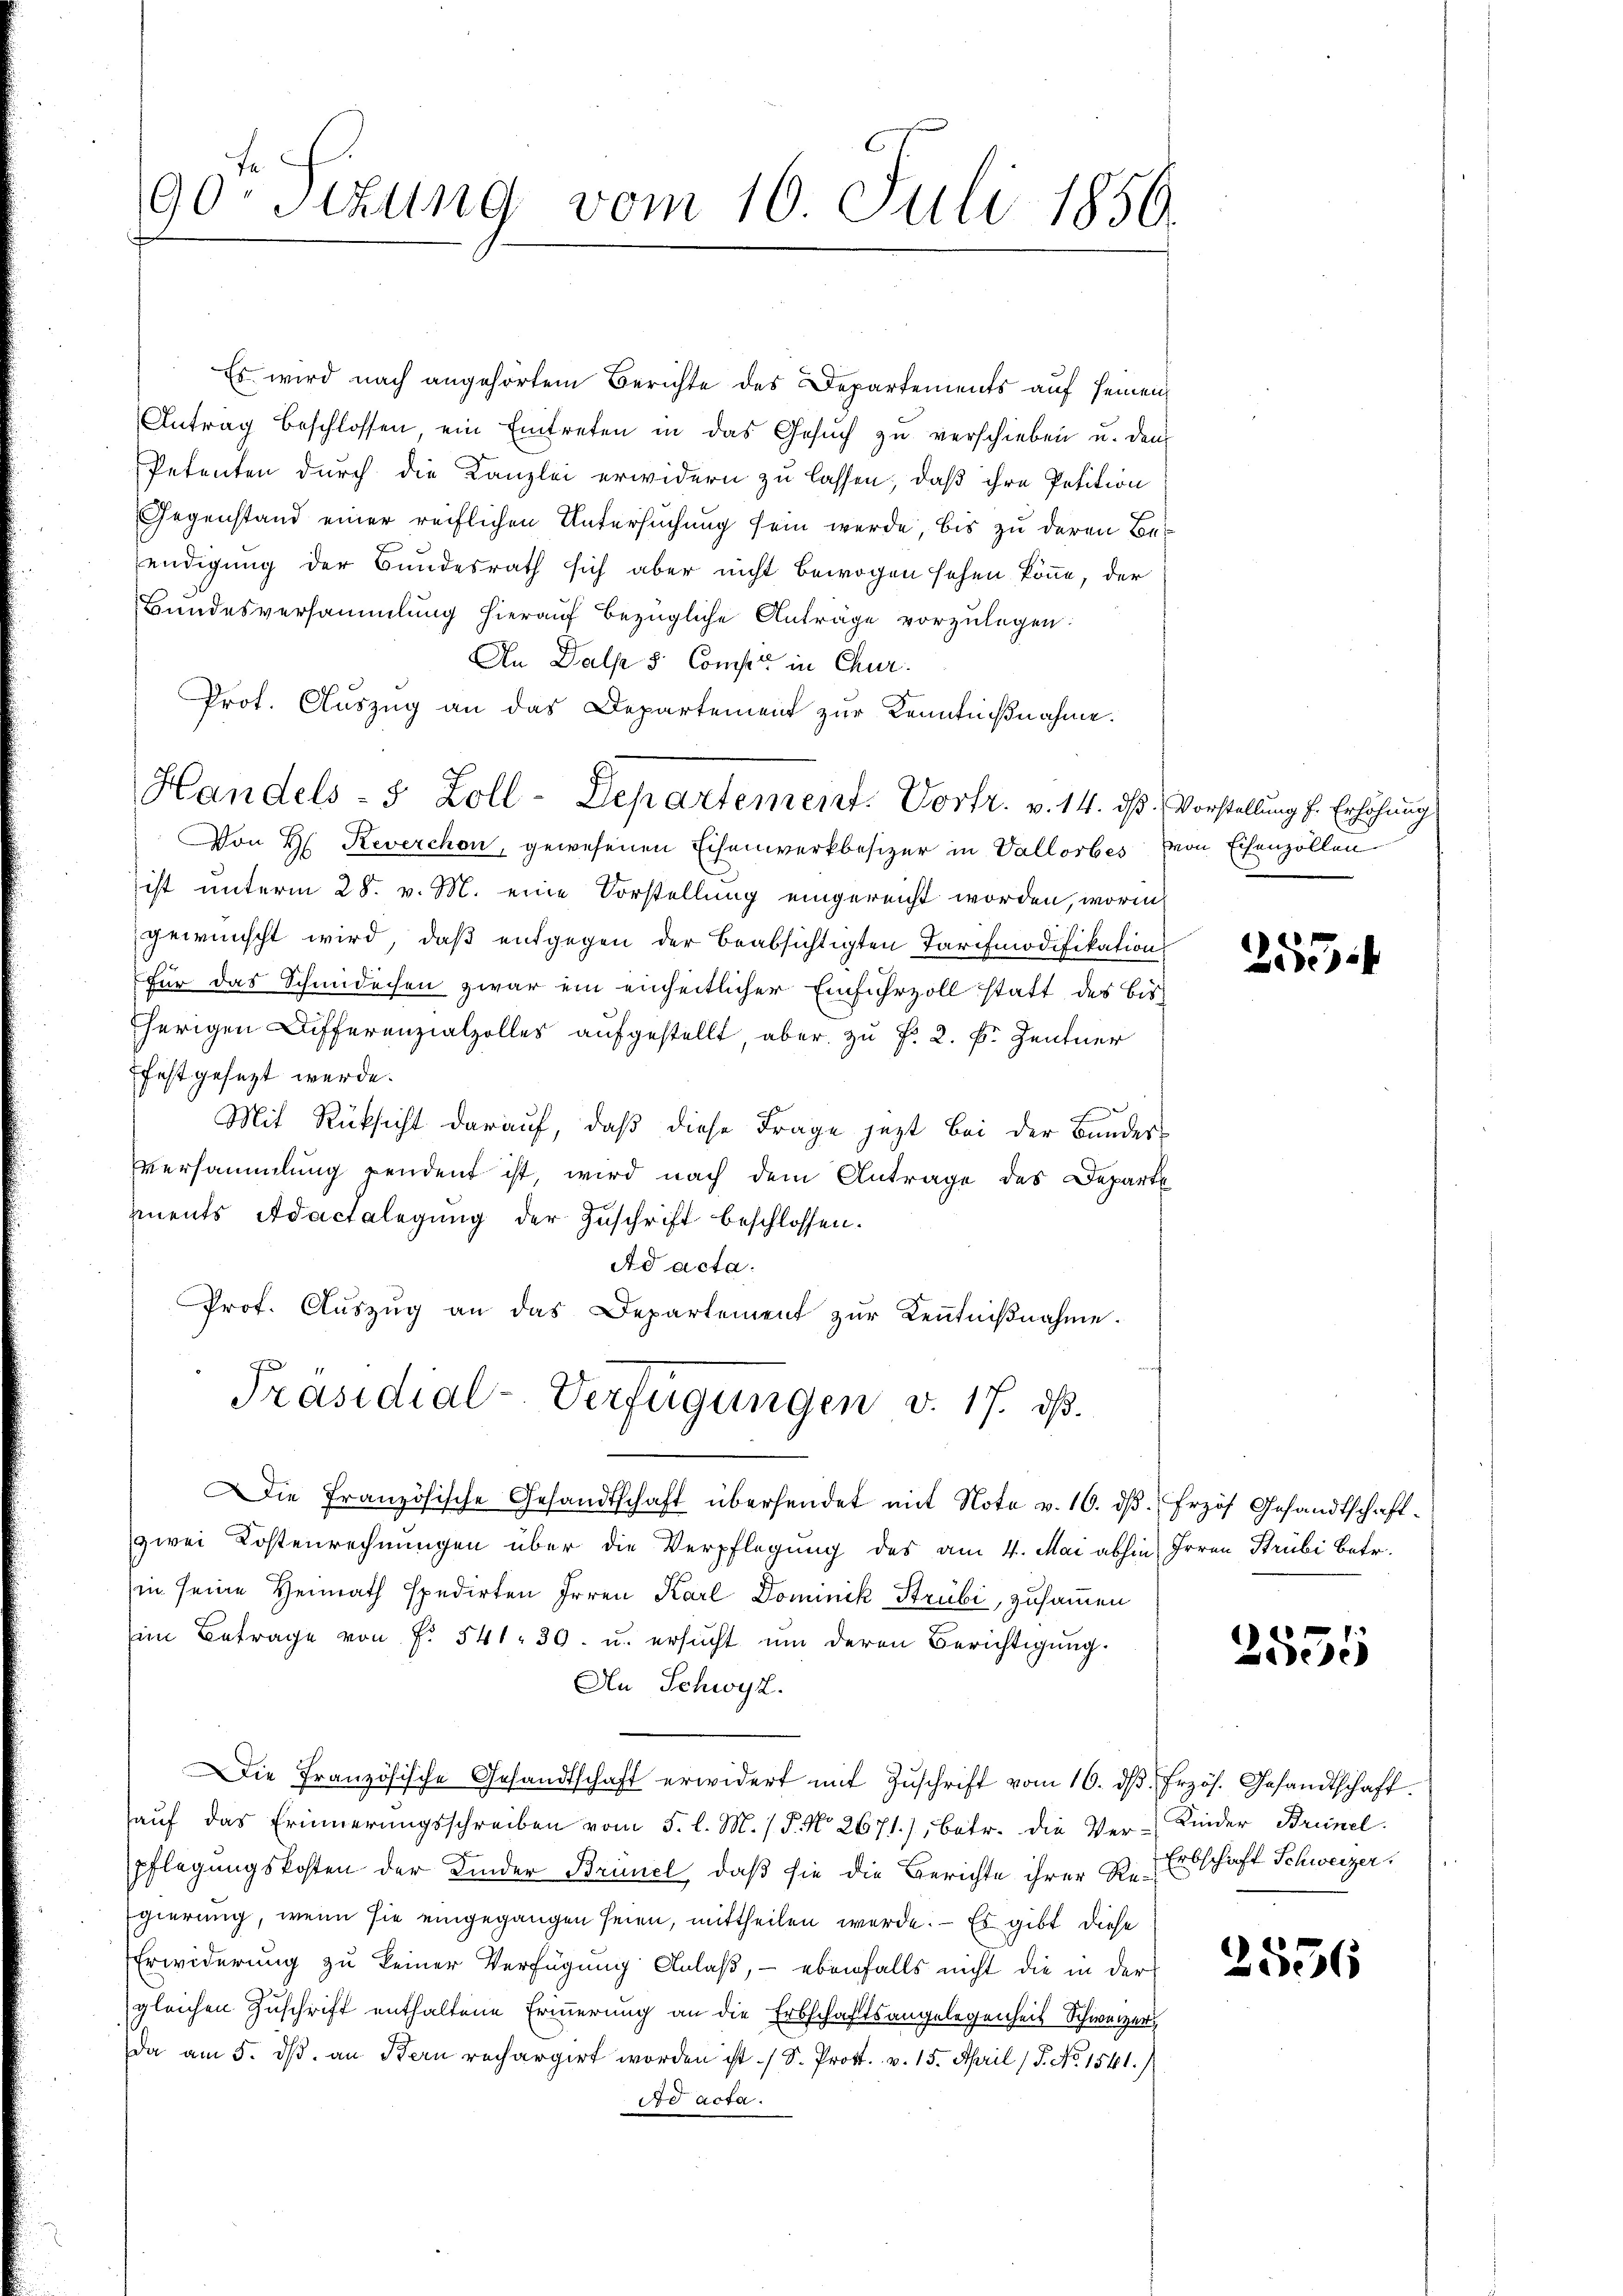
90te Sizung vom 16. Juli 1850.

Es wird nach angehörtem Berichte des Departements auf seinen
Antrag beschlossen, ein Eintreten in das Gesŭch zŭ verschieben u. den
Petenten durch die Kanzlei erwidern zu lassen, daß ihre Petition
Gegenstand einer reiflichen Untersuchung sein werde, bis zu deren Beendigung der Bundesrath sich aber nicht bewogen sehen könne, der
Bundesversammlung hierauf bezügliche Anträge vorzulegen:
An Dalpe 5. Comper in Chur
Prot. Auszug an das Departement zur Kenntnißnahme.
Von H. Reverchon, gewesenen Eisenwerkbesizer in Vallorbes von Eisenzollen
ist unterm 28. v. M. eine Vorstellung eingereicht worden, worin
gewünscht wird, daß entgegen der beabsichtigten Tarifmodifikation
Für das Schmidechen zwar ein einheitlicher Einfuhrzoll statt des bisherigen Differenzialzolles aufgestellt, aber zu f. 2. F. Zentner
festgesezt werde.
Mit Rücksicht darauf, daß diese Frage jezt bei der Bunder
Versammlung pendent ist, wird nach dem Antrage des Departe
ments Adactelegung der Zuschrift beschlossen.
Ad acta.
Prof. Aŭszŭg an das Departement zŭr Kenntniβnahme.
Präsidial-Verfügungen v. 17. dß.
Die Französische Gesandtschaft übersendet mit Note v. 16. dβ. Erzöh Gesandtschaftzwei Kostenrechnungen über die Verpflegung des am 4. Mai abhin, Irren Strubi betr.
in seine Heimath spedirten Irren Karl Dominik Strubi, zusammen
(im Betrage von f. 541. 30. u. ersucht um deren Berichtigung.
An Schwyz.
Die Französische Gesandtschaft erwidert mit Zŭschrift vom 16. dβ frzös. Gesandtschaft.
aŭf das Erinnerungsschreiben vom 5. l. M. / 5. No. 2671), betr. die Ver-Kinder Brinel
pflegungskosten der Kinder Brünel, daß sie die Berichte ihrer Re- Erbschaft Schweizer,
gierung, wenn sie eingegangen seien, mittheilen werde. — Es gibt diese
Erwiderung zu keiner Verfügung Anlaß, - ebenfalls nicht die in der
gleichen Zuschrift enthaltene Erinnerung an die Erbschaftsangelegenheit Schweizer
da am 5. ds. an Kern rechargirt worden ist (S. Prot. v. 15. April (T. No 1541./
dd acta.

Handels- 5 Zoll-Departemeint. Vortr. v. 14. dß. Vorstellung f. Erhöhung

2555.

2555

2556